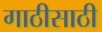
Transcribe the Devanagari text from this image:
गाठीसाठी